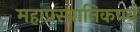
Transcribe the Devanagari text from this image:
महाप्रस्थानिकपर्व